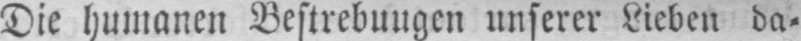
Die humanen Bestrebungen unserer Lieben da⸗